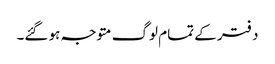
دفتر کے تمام لوگ متوجہ ہو گئے۔